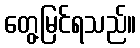
တွေ့မြင်ရသည်။